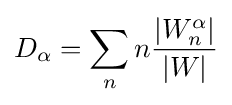
D_{\alpha }=\sum _{n}n{\frac {|W_{n}^{\alpha }|}{|W|}}